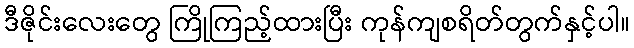
ဒီဇိုင်းလေးတွေ ကြိုကြည့်ထားပြီး ကုန်ကျစရိတ်တွက်နှင့်ပါ။